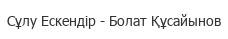
Сұлу Ескендір - Болат Құсайынов